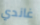
غاندي